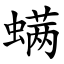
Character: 螨